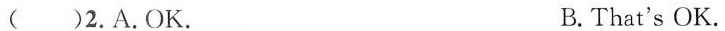
( )2.A.OK. B.That's OK.